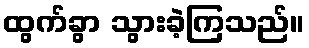
ထွက်ခွာ သွားခဲ့ကြသည်။